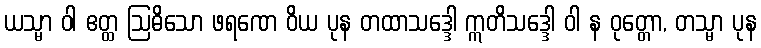
ယသ္မာ ဝါ ဧတ္ထ ဩဓိသော ဖရဏေ ဝိယ ပုန တထာသဒ္ဒေါ ဣတိသဒ္ဒေါ ဝါ န ဝုတ္တော, တသ္မာ ပုန